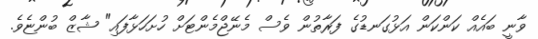
ވާނީ ބައެއް ކަންކަން އަޅުގަނޑުގެ ފަރާތުން ވެސް މެނޭޖްމެންޓަށް ހުށަހަޅާފައި" ޝާޒް ބުންޏެވެ.